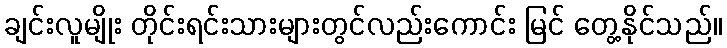
ချင်းလူမျိုး တိုင်းရင်းသားများတွင်လည်းကောင်း မြင် တွေ့နိုင်သည်။